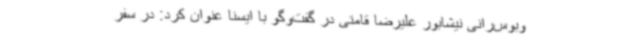
وبوس‌رانی نیشابور علیرضا قامتی در گفت‌وگو با ایسنا عنوان کرد: در سفر